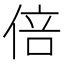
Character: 倍